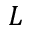
L